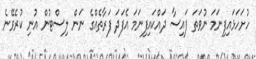
ހުށަހަޅައިފިނަމަ ނުވަތަ ފައިސާ ދައްކައިފިނަމަ އެފަދަ ފަރާތެއްގެ ނަން ލިސްޓުން އުނި ކުރެވޭނެ